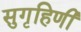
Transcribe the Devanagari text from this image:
सुगृहिणी